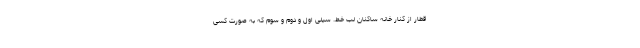
قطار از کنار خانه ساکنان لب خط. سیلی اول و دوم و سوم که به صورت کسی